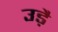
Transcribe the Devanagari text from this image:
उड़ै